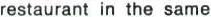
restaurant in the same